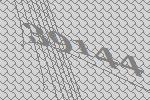
39144